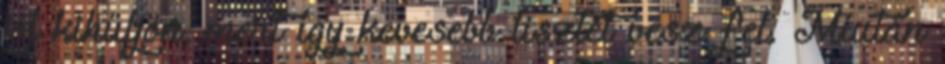
jól kihűljön, mert így kevesebb lisztet vesz fel. Miután